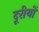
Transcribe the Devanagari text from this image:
दूरीयों